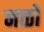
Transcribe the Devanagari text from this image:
नळों